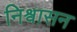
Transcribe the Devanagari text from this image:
निश्वासन